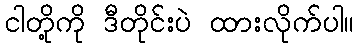
ငါတို့ကို ဒီတိုင်းပဲ ထားလိုက်ပါ။